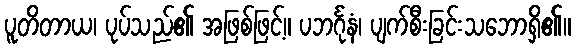
ပူတိတာယ၊ ပုပ်သည်၏ အဖြစ်ဖြင့်။ ပဘင်္ဂုနံ၊ ပျက်စီးခြင်းသဘောရှိ၏။